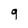
Character: 9